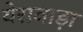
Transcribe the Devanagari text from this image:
येरावाड़ा